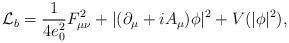
LaTeX: \begin{align*}{\cal L}_b=\frac{1}{4e_0^2}F_{\mu\nu}^2+|(\partial_\mu+iA_\mu)\phi|^2+V(|\phi|^2),\end{align*}